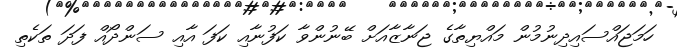
ހަމަޖައްސައިދިނުމުން މައްޔިތާގެ ޖަނާޒާއަށް ބޭނުންވާ ކަފުނާއި ކަފަ އާއި ސަންދޯއް ފަދަ ތަކެތި